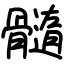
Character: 髓